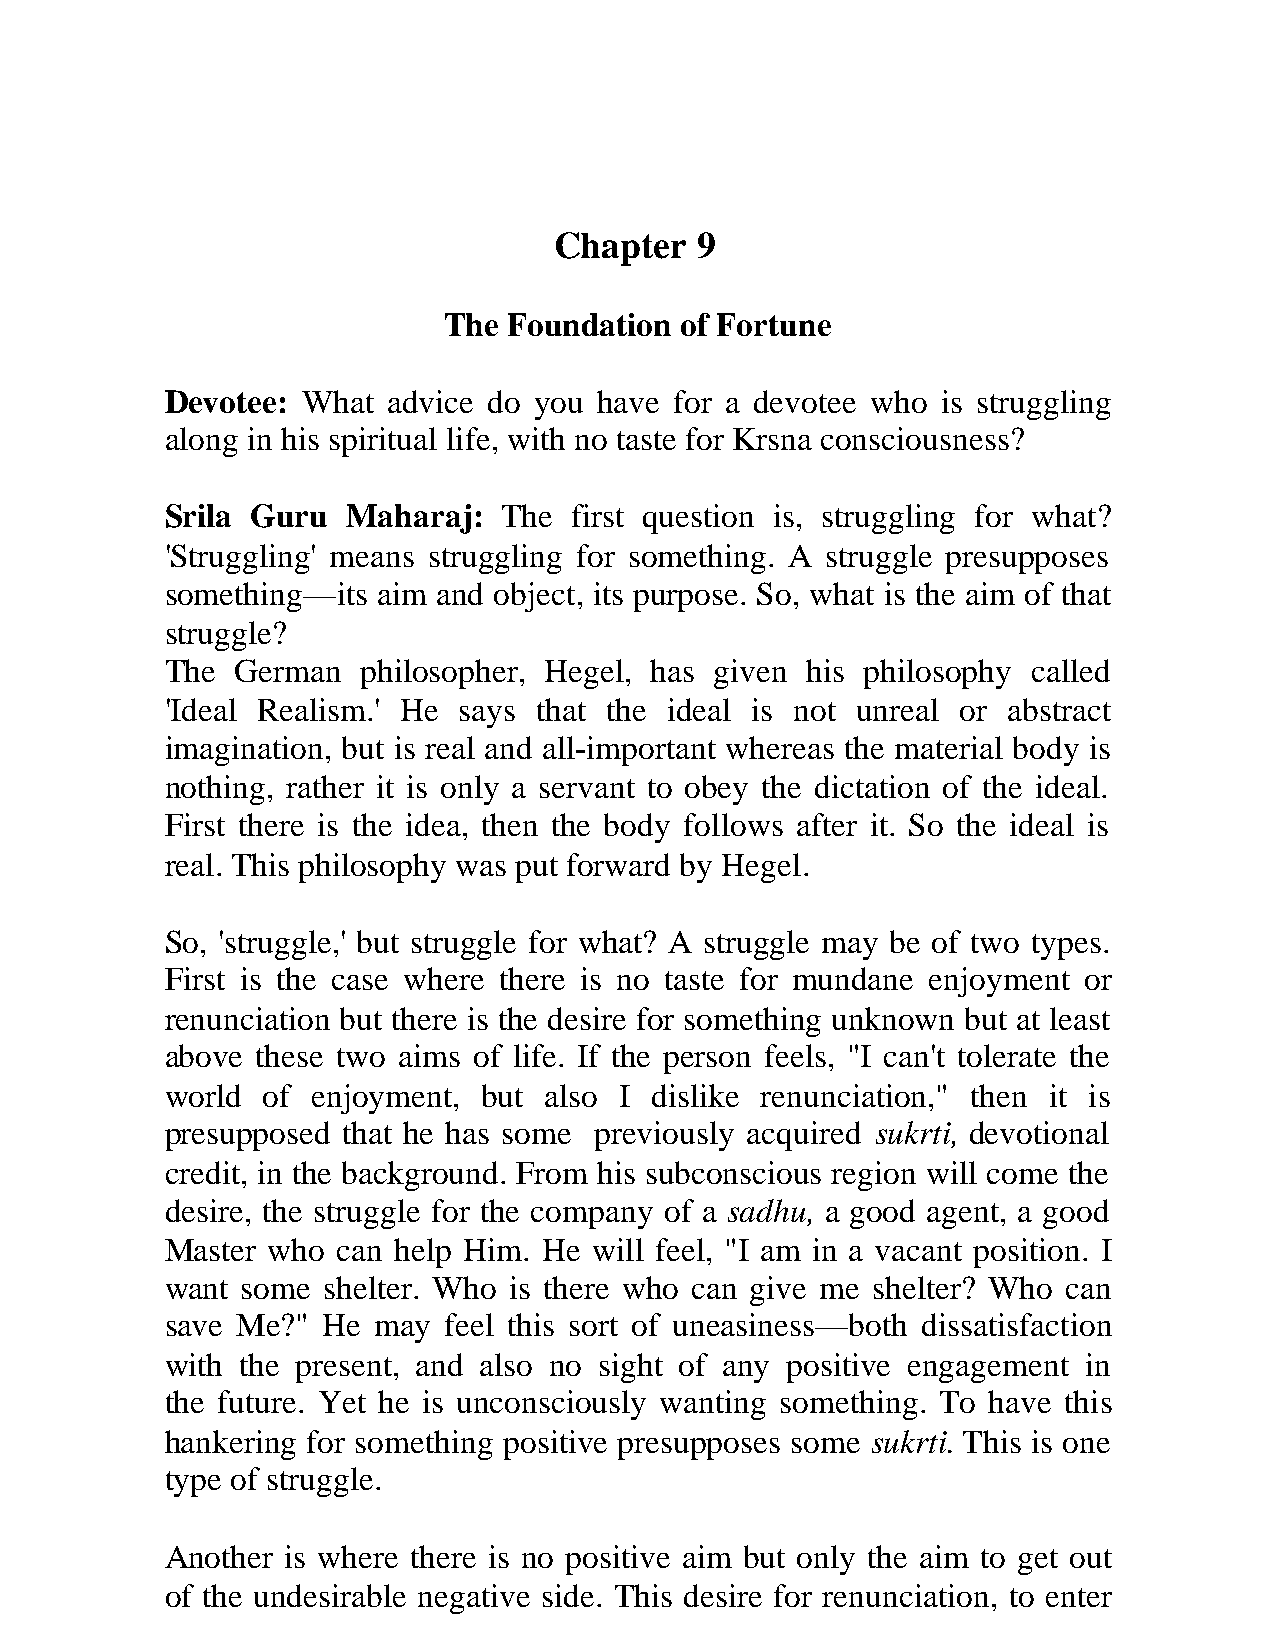
Chapter  9
 The  Foundation of Fortune
 Devotee: What  advice do you have for a devotee who is struggling
 along in his spiritual life, with no taste for Krsna consciousness?
 Srila Guru  Maharaj:  The  first question is, struggling for what?
 'Struggling' means struggling for something. A struggle presupposes
 something—its aim and object, its purpose. So, what is the aim of that
 struggle?
 The  German  philosopher, Hegel, has given his philosophy called
 'Ideal Realism.' He says that the ideal is not unreal or abstract
 imagination, but is real and all-important whereas the material body is
 nothing, rather it is only a servant to obey the dictation of the ideal.
 First there is the idea, then the body follows after it. So the ideal is
 real. This philosophy was put forward by Hegel.
 So, 'struggle,' but struggle for what? A struggle may be of two types.
 First is the case where there is no taste for mundane enjoyment or
 renunciation but there is the desire for something unknown but at least
 above these two aims of life. If the person feels, "I can't tolerate the
 world of  enjoyment, but also I dislike renunciation," then it is
 presupposed that he has some previously acquired sukrti, devotional
 credit, in the background. From his subconscious region will come the
 desire, the struggle for the company of a sadhu, a good agent, a good
 Master who can help Him. He will feel, "I am in a vacant position. I
 want some shelter. Who is there who can give me shelter? Who can
 save Me?" He  may feel this sort of uneasiness—both dissatisfaction
 with the present, and also no sight of any positive engagement in
 the future. Yet he is unconsciously wanting something. To have this
 hankering for something positive presupposes some sukrti. This is one
 type of struggle.
 Another is where there is no positive aim but only the aim to get out
 of the undesirable negative side. This desire for renunciation, to enter